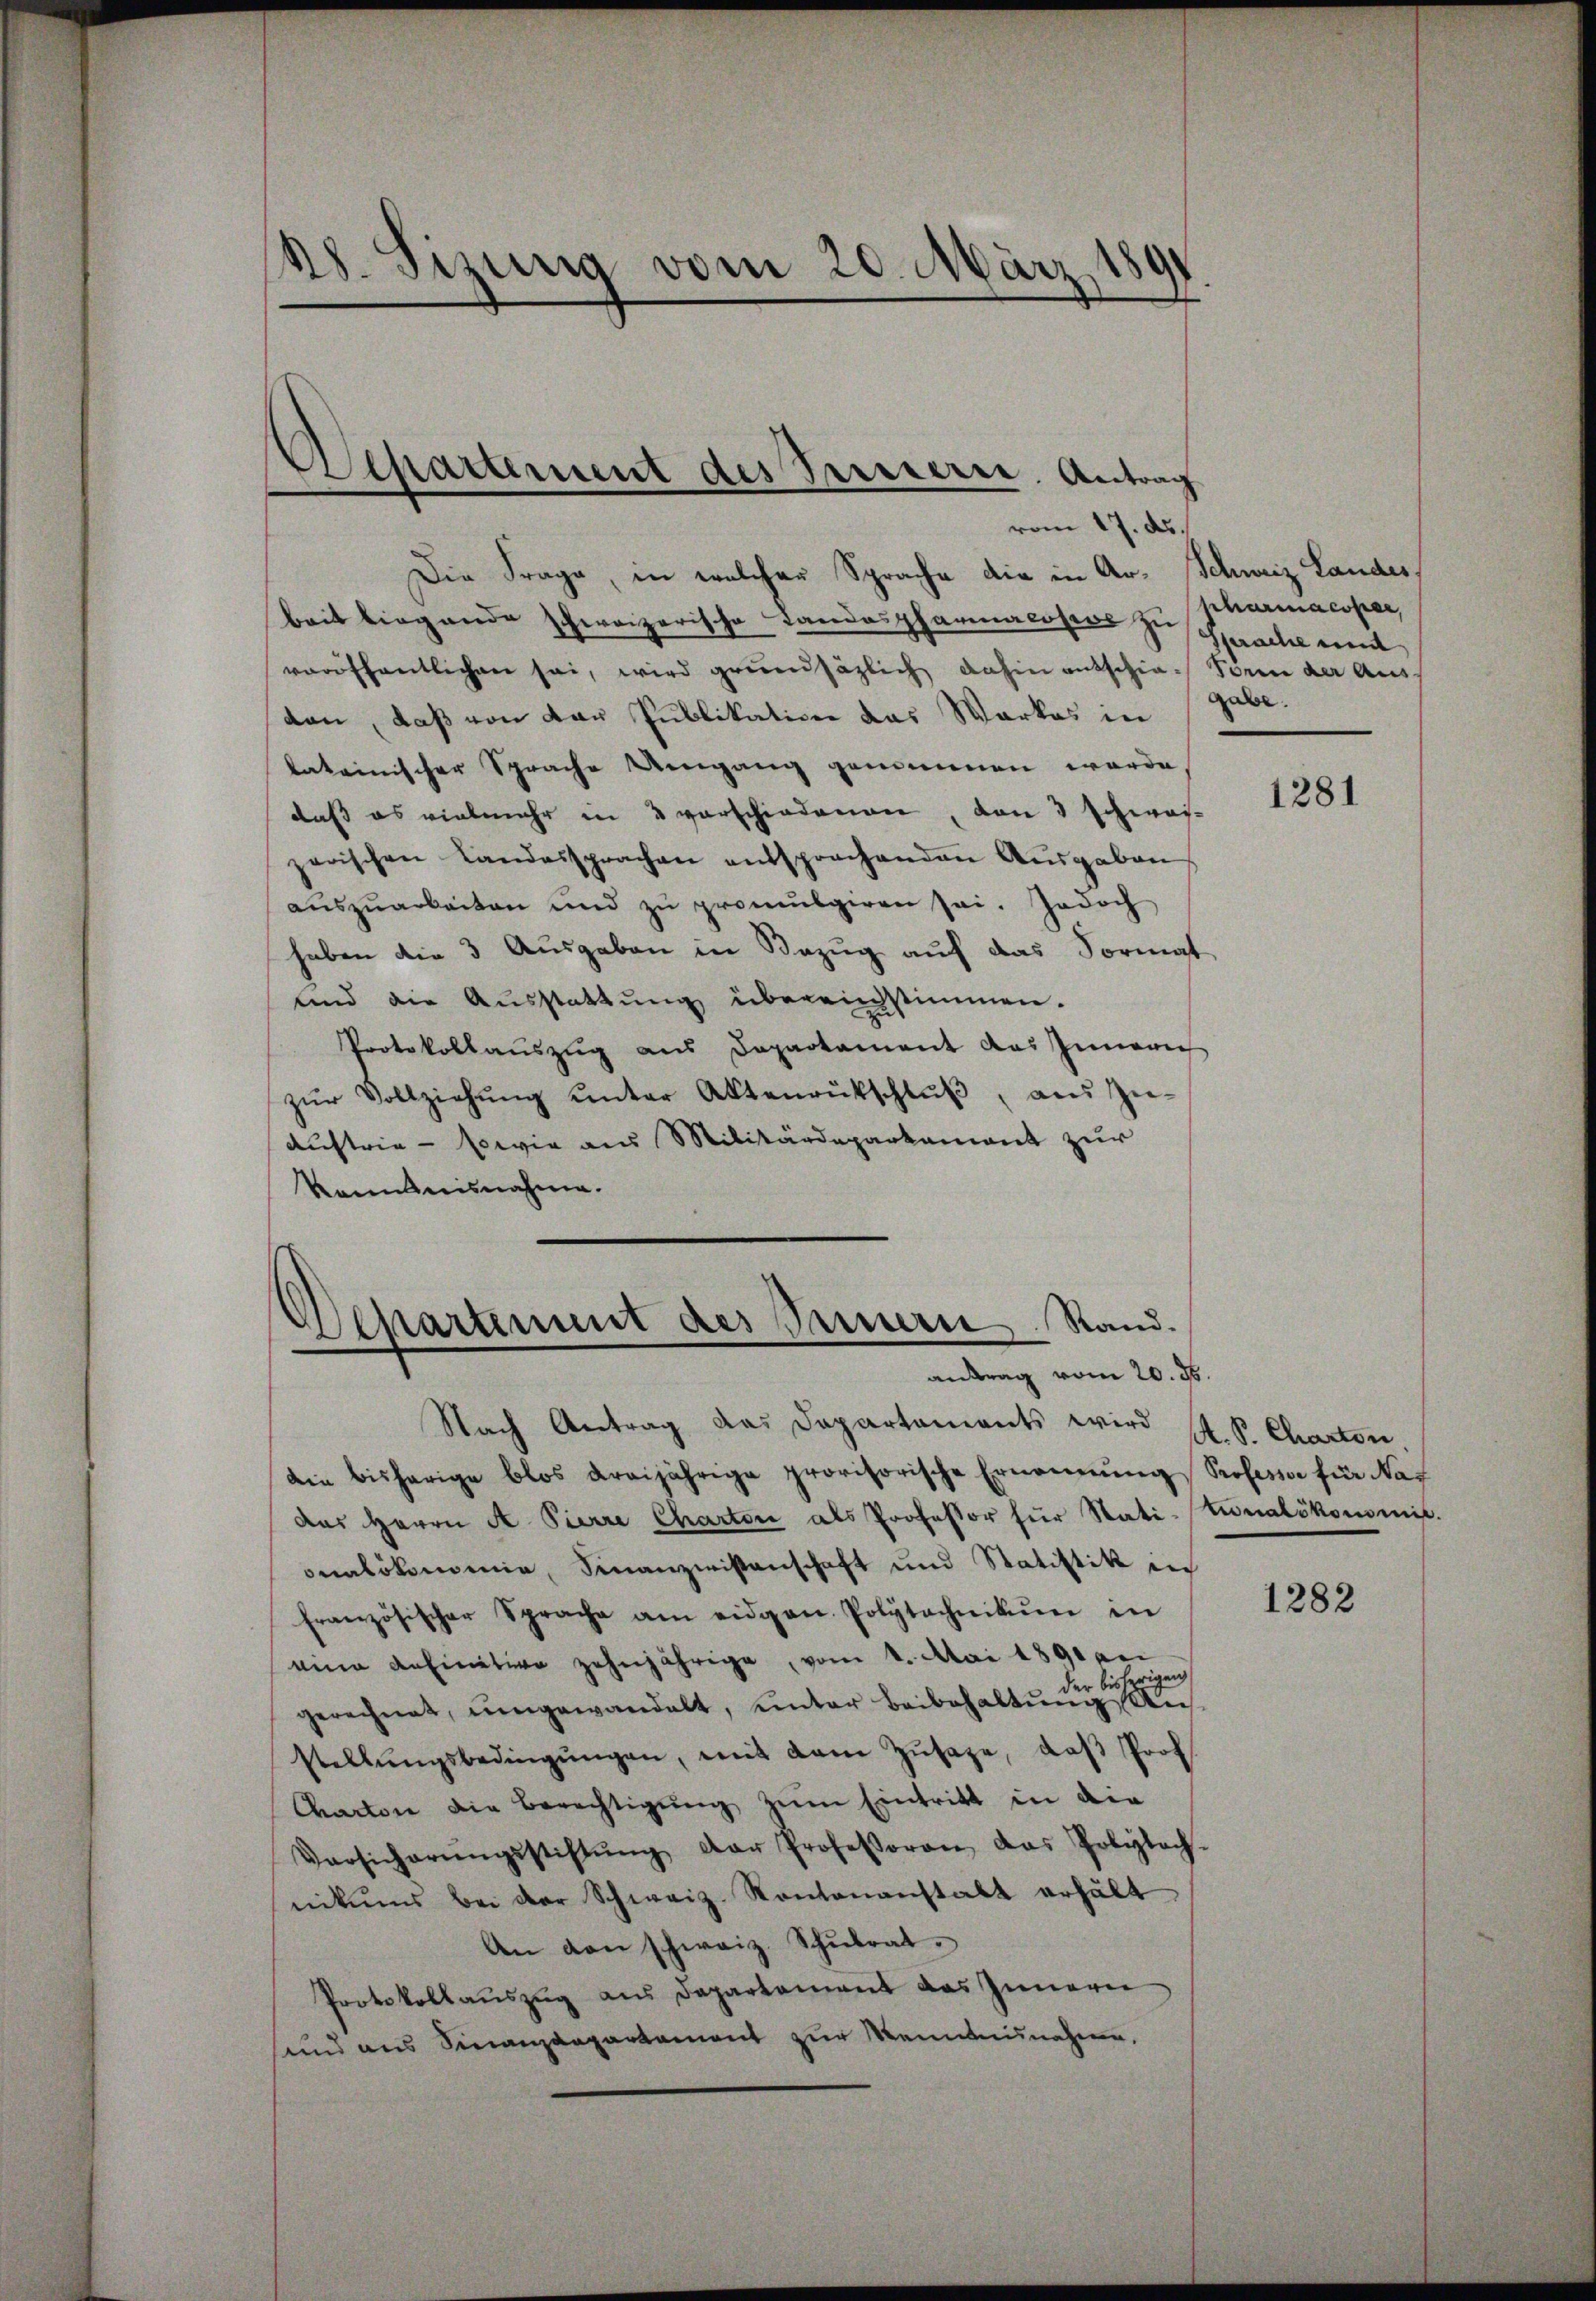
28. Sizung vom 20. März 180

Separtement des Preisern. Antrag
vom 17. ds.

Die Frage, in welcher Sprache die in Ar- Schweiz Landes.
beit liegende schweizerische Landospharmacosens zu Sprache mit
veröffentlichen sei, wird grundsätzlich dahin entschie- Vorin der Aus
den, daß von Lan Publikation das Warkes in
lateinischer Sprache Umgang genommenen werde
daß es vielmehr in 3 vorschiedenen, den 3 Schweizerischen Landersprachen entsprochenden Ausgaben
aŭszŭarbeiten und zŭ promulgieren sei. Jedoch
haben die 3 Ausgaben in Bezug auf das Format
und die Ausstattŭng übereinstimmen.
Protokollauszug aus Departament das Innern
zŭr Vollziehŭng ŭnter Aktenrŭtschlŭβ, aŭs Zŭ-
Austrie - sowie aus Militärdeparkament zur
kanntnisnahme.

Departement des Innern. Stand.
antrag vom 20. ds.

Nach Antrag das Departements wird st. S. Charton,
die bisherige blos dreijährige provisorische Ernennung Professor für Naf
das Herrn A. Pierre Charten als Professor für Statitionalökommis.
onalökonomie, Finanzwissenschaft und Statistik in
französischer Sprache am eidgen. Polytechnikum in
eine anfinitive zehnjährige, vom 4. Mai 1891 an
der bisherigen
gerechnet, umgewandelt, unter Beibehaltŭng Ausstellŭngsbedingŭngen, mit dem Zŭsaze, daβ Prof.
Chartone die Berechtigung zum Eintritt in die
Versicherŭngsstiftŭng der Professoren, das Polytech-
nikums bei der Schweiz. Kontananstalt erhält
An den schweiz. Schŭlrat.
Protokollauszug aus Departement das Innern
und aus Sinanzdepartement zur Weinausnahme,

sharmacopar,
gabe.

1281

1282